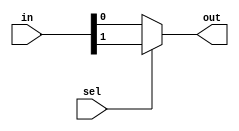
// V.Aravindan
// 2017B4A70849P
module MUX_SMALL(out,in,sel);
input [1:0]in;
input sel;
output out;
assign out=sel?in[1]:in[0];
endmodule

module MUX_BIG(out,in,sel);
input [7:0]in;
input [2:0]sel;
output out;
wire w00,w01,w10,w11,w1,w0;
MUX_SMALL m1(w00,{in[4],in[0]},sel[2]);
MUX_SMALL m2(w01,{in[5],in[1]},sel[2]);
MUX_SMALL m3(w10,{in[6],in[2]},sel[2]);
MUX_SMALL m4(w11,{in[7],in[3]},sel[2]);
MUX_SMALL m5(w1,{w11,w01},sel[1]);
MUX_SMALL m6(w0,{w10,w00},sel[1]);
MUX_SMALL m7(out,{w1,w0},sel[0]);
endmodule

module TFF(out,t,clear,clk);
input t,clear,clk;
output reg out;
always@(posedge clk)
  begin
    if(t)
      out=~out;
    else
      out=out;
  end
always@(clear)
  begin
    if(clear)
      out<=0;
  end
endmodule

module COUNTER_4BIT(Q,clear,clk);
input clear,clk;
output [3:0]Q;
wire w1,w2;
TFF tff1(Q[0],1'b1,clear,clk);
TFF tff2(Q[1],Q[0],clear,clk);
and a1(w1,Q[0],Q[1]);
TFF tff3(Q[2],w1,clear,clk);
and a2(w2,Q[1],Q[2]);
TFF tff4(Q[3],w2,clear,clk);
endmodule

module COUNTER_3BIT(Q,clear,clk);
input clear,clk;
output [2:0]Q;
wire w1;
TFF tff1(Q[0],1'b1,clear,clk);
TFF tff2(Q[1],Q[0],clear,clk);
and a1(w1,Q[0],Q[1]);
TFF tff3(Q[2],w1,clear,clk);
endmodule

module MEMORY(D,A);
input [3:0]A;
output reg [7:0]D;
reg [7:0]memory[0:15];
initial
  begin
    memory[0]=8'hCC;
    memory[1]=8'hAA;
    memory[2]=8'hCC;
    memory[3]=8'hAA;
    memory[4]=8'hCC;
    memory[5]=8'hAA;
    memory[6]=8'hCC;
    memory[7]=8'hAA;
    memory[8]=8'hCC;
    memory[9]=8'hAA;
    memory[10]=8'hCC;
    memory[11]=8'hAA;
    memory[12]=8'hCC;
    memory[13]=8'hAA;
    memory[14]=8'hCC;
    memory[15]=8'hAA;
  end
always@(A)
  begin
    case(A)
      4'd0: D=memory[0];
      4'd1: D=memory[1];
      4'd2: D=memory[2];
      4'd3: D=memory[3];
      4'd4: D=memory[4];
      4'd5: D=memory[5];
      4'd6: D=memory[6];
      4'd7: D=memory[7];
      4'd8: D=memory[8];
      4'd9: D=memory[9];
      4'd10: D=memory[10];
      4'd11: D=memory[11];
      4'd12: D=memory[12];
      4'd13: D=memory[13];
      4'd14: D=memory[14];
      4'd15: D=memory[15];
    endcase
  end
endmodule

module INTG(out,clear,clk1);
  input clk1,clear;
  output out;
  wire [3:0]A;
  wire [2:0]S;
  wire [7:0]I;
  wire clk2;
  COUNTER_3BIT c3(S,clear,clk1);
  assign clk2=S[2] & S[1] & S[0];
  COUNTER_4BIT c4(A,clear,clk2);
  MEMORY m(I,A);
  MUX_BIG mux(out,I,S);
endmodule

module testbench;
  initial
    begin
      $dumpfile("2018.vcd");
      $dumpvars;
    end

  reg clk1,clear;
  wire out;

  INTG i(out,clear,clk1);

  always
    #0.5 clk1=~clk1;

  initial
    $monitor($time,"   clk1=%b |||||| output=%b ",clk1,out);

  initial
    begin
      clk1=1'b0; clear=1'b1;
      #1 clear=1'b0;
      #200 $finish;
    end

endmodule